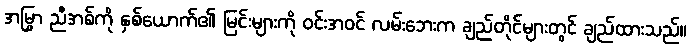
အမြွှာ ညီအစ်ကို နှစ်ယောက်၏ မြင်းများကို ဝင်းအဝင် လမ်းဘေးက ချည်တိုင်များတွင် ချည်ထားသည်။